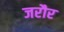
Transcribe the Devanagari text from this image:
जरौर